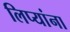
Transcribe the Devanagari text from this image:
लिप्यांना